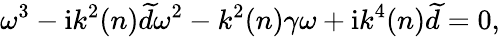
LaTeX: \omega^{3}-\mathrm{i}k^{2}(n)\widetilde{d}\omega^{2}-k^{2}(n)\gamma\omega+\mathrm{i}k^{4}(n)\widetilde{d}=0,